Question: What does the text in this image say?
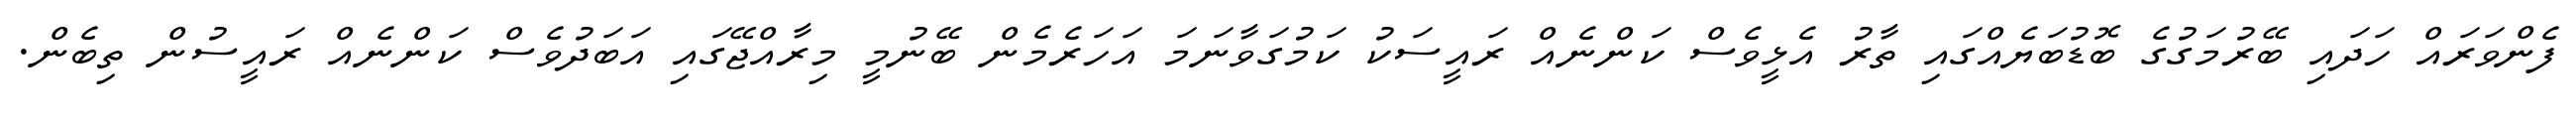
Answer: ފެންވަރައް ހަދައި ބޭރުމަގުގެ ބޮޑުބަޔެއްގައި ތާރު އެޅީވެސް ކަންނެއް ރައީސަކު ކަމުގަވާނަމަ އަހަރެމެން ބޭނުމީ މިރާއްޖޭގައި އަބަދުވެސް ކަންނެއް ރައީސުން ތިބެން.